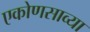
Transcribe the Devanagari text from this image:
एकोणसाव्या